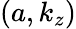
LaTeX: (a,k_{z})